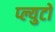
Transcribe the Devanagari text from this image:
प्ल्युटो